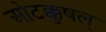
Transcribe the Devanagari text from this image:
ओटक्कुषल्